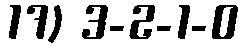
17) 3-2-1-0